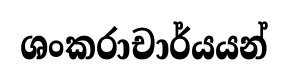
ශංකරාචාර්යයන්